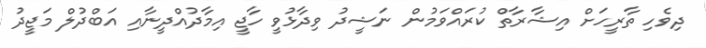
ދިވެހި ތާރީހަށް އިޝާރާތް ކުރައްވަމުން ނަޝީދު ވިދާޅުވީ ހާޖީ އިމާދުއްދީނާއި އަބްދުލް މަޖީދު